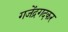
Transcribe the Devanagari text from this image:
गजेंद्रगदकर